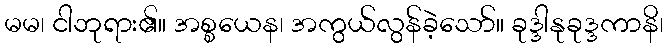
မမ၊ ငါဘုရား၏။ အစ္စယေန၊ အကွယ်လွန်ခဲ့သော်။ ခုဒ္ဒါနုခုဒ္ဒကာနိ၊